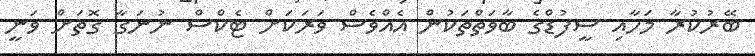
ބޭރުކުރާ މަހާއި ސީފުޑްގެ ބާވަތްތަކުން އެއްވެސް ވަރަކަށް ޓެކްސް ނުނަގާ ގޮތަށް ވަނީ